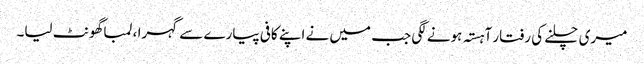
میری چلنے کی رفتار آہستہ ہونے لگی جب میں نے اپنے کافی پیارے سے گہرا ، لمبا گھونٹ لیا۔